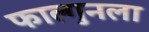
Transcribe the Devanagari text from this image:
फाल्गुनला